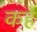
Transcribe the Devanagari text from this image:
कर्हे